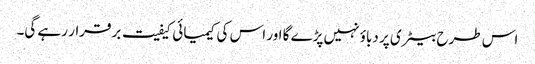
اس طرح بیٹری پر دباؤ نہیں پڑے گا اور اس کی کیمیائی کیفیت برقرار رہے گی۔